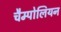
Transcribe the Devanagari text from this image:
चैम्पोलियन